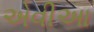
એવીઆ